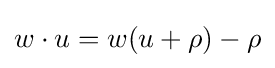
w\cdot u=w(u+\rho )-\rho